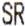
SR